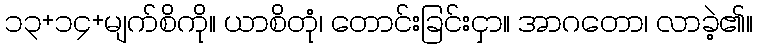
၁၃+၁၄+မျက်စိကို။ ယာစိတုံ၊ တောင်းခြင်းငှာ။ အာဂတော၊ လာခဲ့၏။